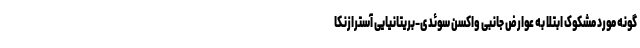
گونه مورد مشکوک ابتلا به عوارض جانبی واکسن سوئدی-بریتانیایی آسترازنکا